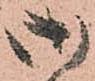
御